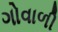
ગોવાળી